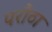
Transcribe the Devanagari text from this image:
परौठा